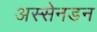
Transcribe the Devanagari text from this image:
अस्सेनडन